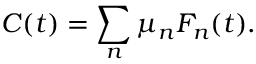
C ( t ) = \sum _ { n } \mu _ { n } F _ { n } ( t ) .